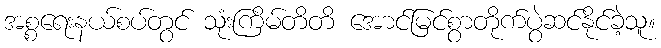
အစ္စရေးနယ်စပ်တွင် သုံးကြိမ်တိတိ အောင်မြင်စွာတိုက်ပွဲဆင်နိုင်ခဲ့သူ။